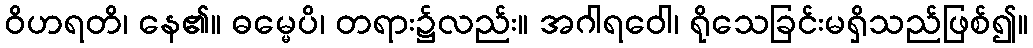
ဝိဟရတိ၊ နေ၏။ ဓမ္မေပိ၊ တရား၌လည်း။ အဂါရဝေါ၊ ရိုသေခြင်းမရှိသည်ဖြစ်၍။